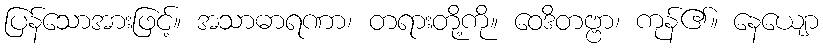
ပြန်သောအားဖြင့်။ အသာဓာရဏာ၊ တရားတို့ကို။ ဝေဒိတဗ္ဗာ၊ ကုန်၏။ နေယျော